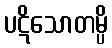
ပဋိသောတမ္ပိ